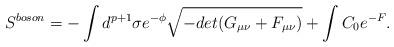
LaTeX: \begin{align*}S^{boson} = - \int d^{p+1} \sigma e^{-\phi} \sqrt{-det(G_{\mu \nu}+F_{\mu \nu})} + \int C_{0} e^{-F} . \end{align*}